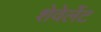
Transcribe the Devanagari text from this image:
शेवेर्लेट